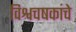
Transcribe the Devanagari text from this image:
विश्वचषकांचे